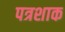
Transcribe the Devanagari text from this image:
पत्रशाक